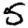
Digit: 5